Scientific memoirs by medical officers of the Army of India - Part XII,
Year: 1901
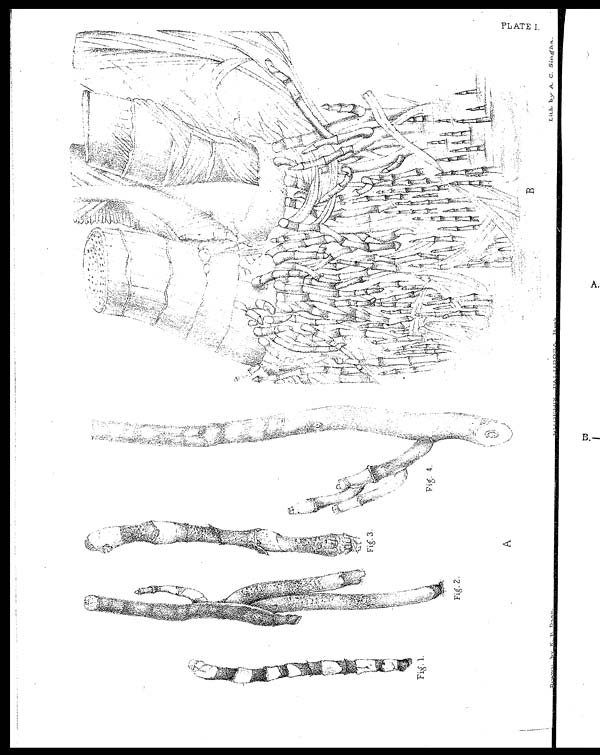
Fig. 1.
Fig. 3.
Fig. 4.
Fig. 2.
A
B
L
Lith by A. C. Singha.